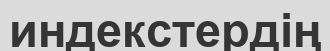
индекстердің